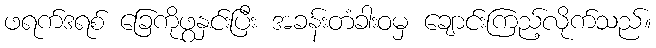
ဖရက်ဒရစ် ခြေကိုဖွနှင်းပြီး အခန်းတံခါးဝမှ ချောင်းကြည့်လိုက်သည်။